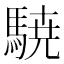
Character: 𮪈